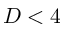
D < 4